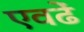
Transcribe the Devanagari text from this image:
एवढें